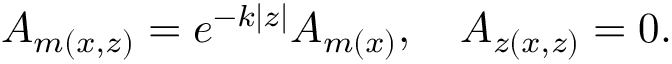
A _ { m ( x , z ) } = e ^ { - k | z | } A _ { m ( x ) } , \quad A _ { z ( x , z ) } = 0 .